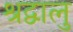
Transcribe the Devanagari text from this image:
श्रद्वालु